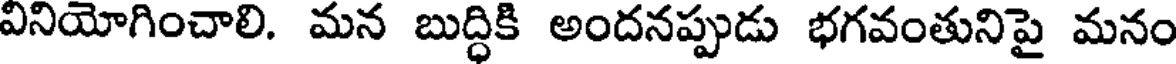
వినియోగించాలి. మన బుద్ధికి అందనప్పుడు భగవంతునిపై మనం